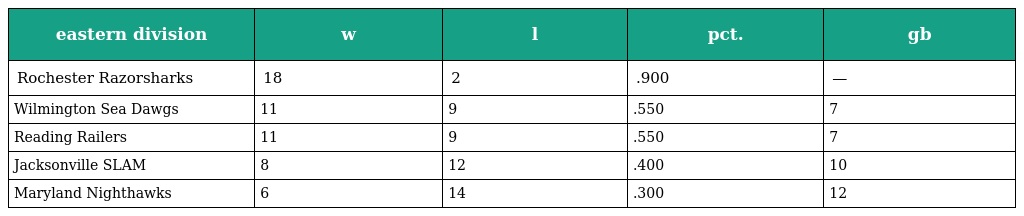
| eastern division | w | l | pct. | gb |
 | --- | --- | --- | --- | --- |
 | Rochester Razorsharks | 18 | 2 | .900 | — |
 | Wilmington Sea Dawgs | 11 | 9 | .550 | 7 |
 | Reading Railers | 11 | 9 | .550 | 7 |
 | Jacksonville SLAM | 8 | 12 | .400 | 10 |
 | Maryland Nighthawks | 6 | 14 | .300 | 12 |